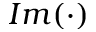
I m ( \cdot )